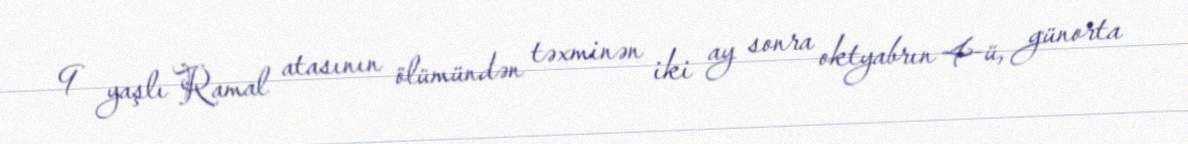
9 yaşlı Ramal atasının ölümündən təxminən iki ay sonra oktyabrın 4-ü, günorta